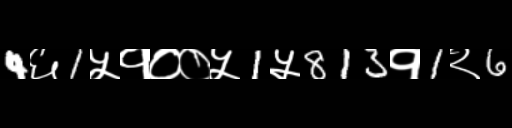
Text: 4६1५१००५1५813१1२6